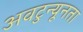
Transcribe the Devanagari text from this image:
अवटुन्यूनता